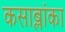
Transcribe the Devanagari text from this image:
कसाब्लांका